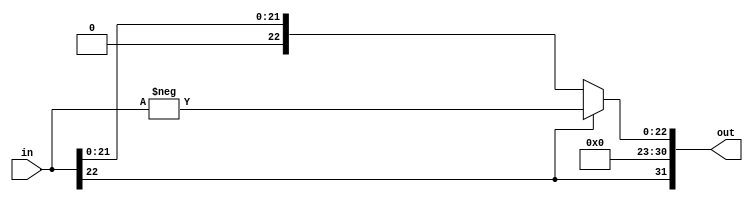
module int2float
#(
	parameter MAN = 23,
	parameter EXP = 8
)
(
	input  signed [MAN-1  :0] in,
	output        [MAN+EXP:0] out
);

wire                  i2f_s = in[MAN-1];
wire signed [EXP-1:0] i2f_e = 0;
wire        [MAN-1:0] i2f_m = (i2f_s) ? -in : in;

assign out = {i2f_s, i2f_e, i2f_m};

endmodule